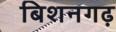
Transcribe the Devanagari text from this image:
बिशनगढ़